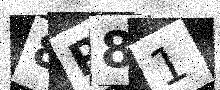
Text: 8P81